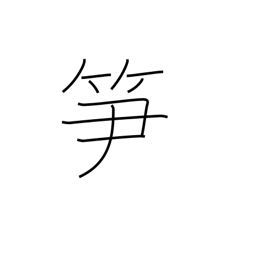
Meaning: bamboo shoot